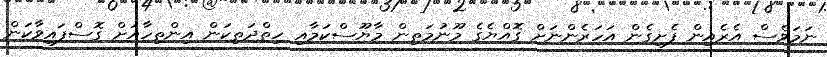
ނަމަވެސް އެރެއިން ފެށިގެން އަހަރެންނަށް ގޮއްޔެގެ މޫނުމަތިން މާޔޫސްކަމާއި ހިތްދަތިކަން އިންތިހާއަށް ގޮސްފައިވާކަން